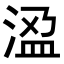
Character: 𭰾